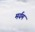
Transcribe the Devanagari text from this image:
मर्यम